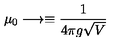
\mu _ { 0 } \longrightarrow \equiv { \frac { 1 } { 4 \pi g \sqrt V } }